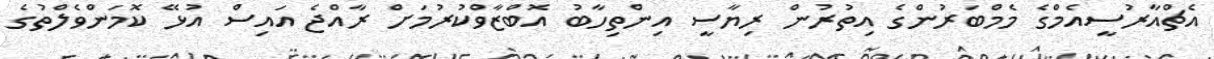
އެޗްއާރުސީއެމްގެ މެމްބަރުންގެ އިތުރުން ރިޔާސީ އިންތިހާބު އޮބްޒާވްކުރުމަށް ރާއްޖެ އައިސް އުޅޭ ކޮމަންވެލްތުގެ